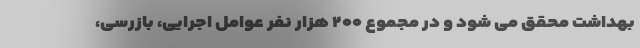
بهداشت محقق می شود و در مجموع ۲۰۰ هزار نفر عوامل اجرایی، بازرسی،